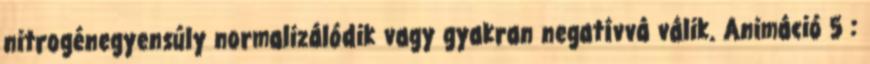
nitrogénegyensúly normalizálódik vagy gyakran negatívvá válik. Animáció 5 :